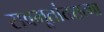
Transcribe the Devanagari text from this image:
सवभूतांतरात्मा